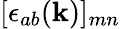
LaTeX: [\epsilon_{ab}(\mathbf{k})]_{mn}